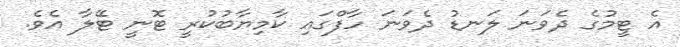
އެ ޓީމުގެ ދެވަނަ ލަނޑު ދެވަނަ ހާފްގައި ކާމިޔާބުކުރީ ޓޮނީ ޓޭލާ އެވެ.